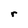
Character: r